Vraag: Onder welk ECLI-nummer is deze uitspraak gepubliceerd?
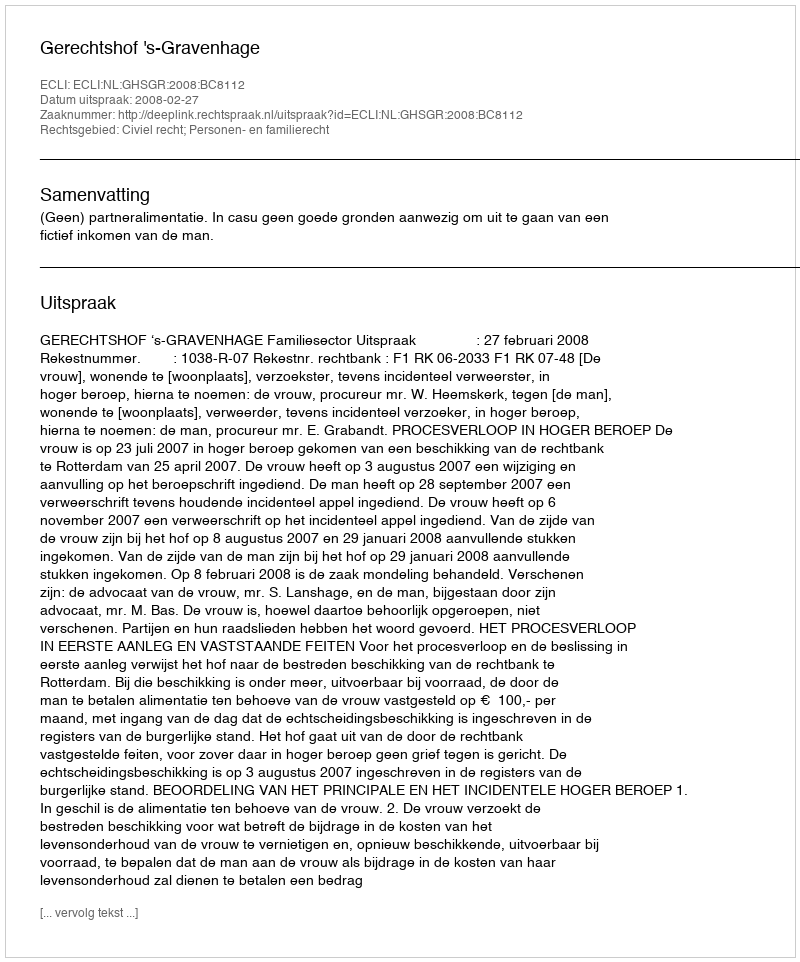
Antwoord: ECLI:NL:GHSGR:2008:BC8112